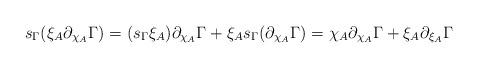
LaTeX: \begin{align*} s_{\Gamma} (\xi_A \partial_{\chi_A} \Gamma ) = (s_{\Gamma} \xi_A ) \partial_{\chi_A} \Gamma + \xi_A s_{\Gamma} (\partial_{\chi_A} \Gamma ) = \chi_A \partial_{\chi_A} \Gamma + \xi_A \partial_{\xi_A} \Gamma\end{align*}